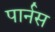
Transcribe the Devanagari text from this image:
पार्नस